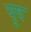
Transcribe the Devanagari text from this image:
यूष